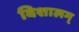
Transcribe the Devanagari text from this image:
विशालम्